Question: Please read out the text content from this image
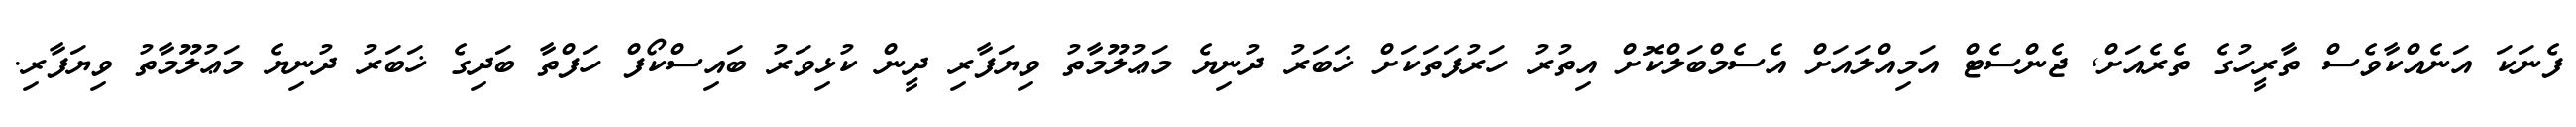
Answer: ފެނަކަ އަނެއްކާވެސް ތާރީހުގެ ތެރެއަށް, ޖެންސެޓް އަމިއްލައަށް އެސެމްބަލްކޮށް އިތުރު ހަރުފަތަކަށް ޚަބަރު ދުނިޔެ މަޢުލޫމާތު ވިޔަފާރި ދީން ކުޅިވަރު ބައިސްކޯފް ހަފްތާ ބަދިގެ ޚަބަރު ދުނިޔެ މަޢުލޫމާތު ވިޔަފާރި.